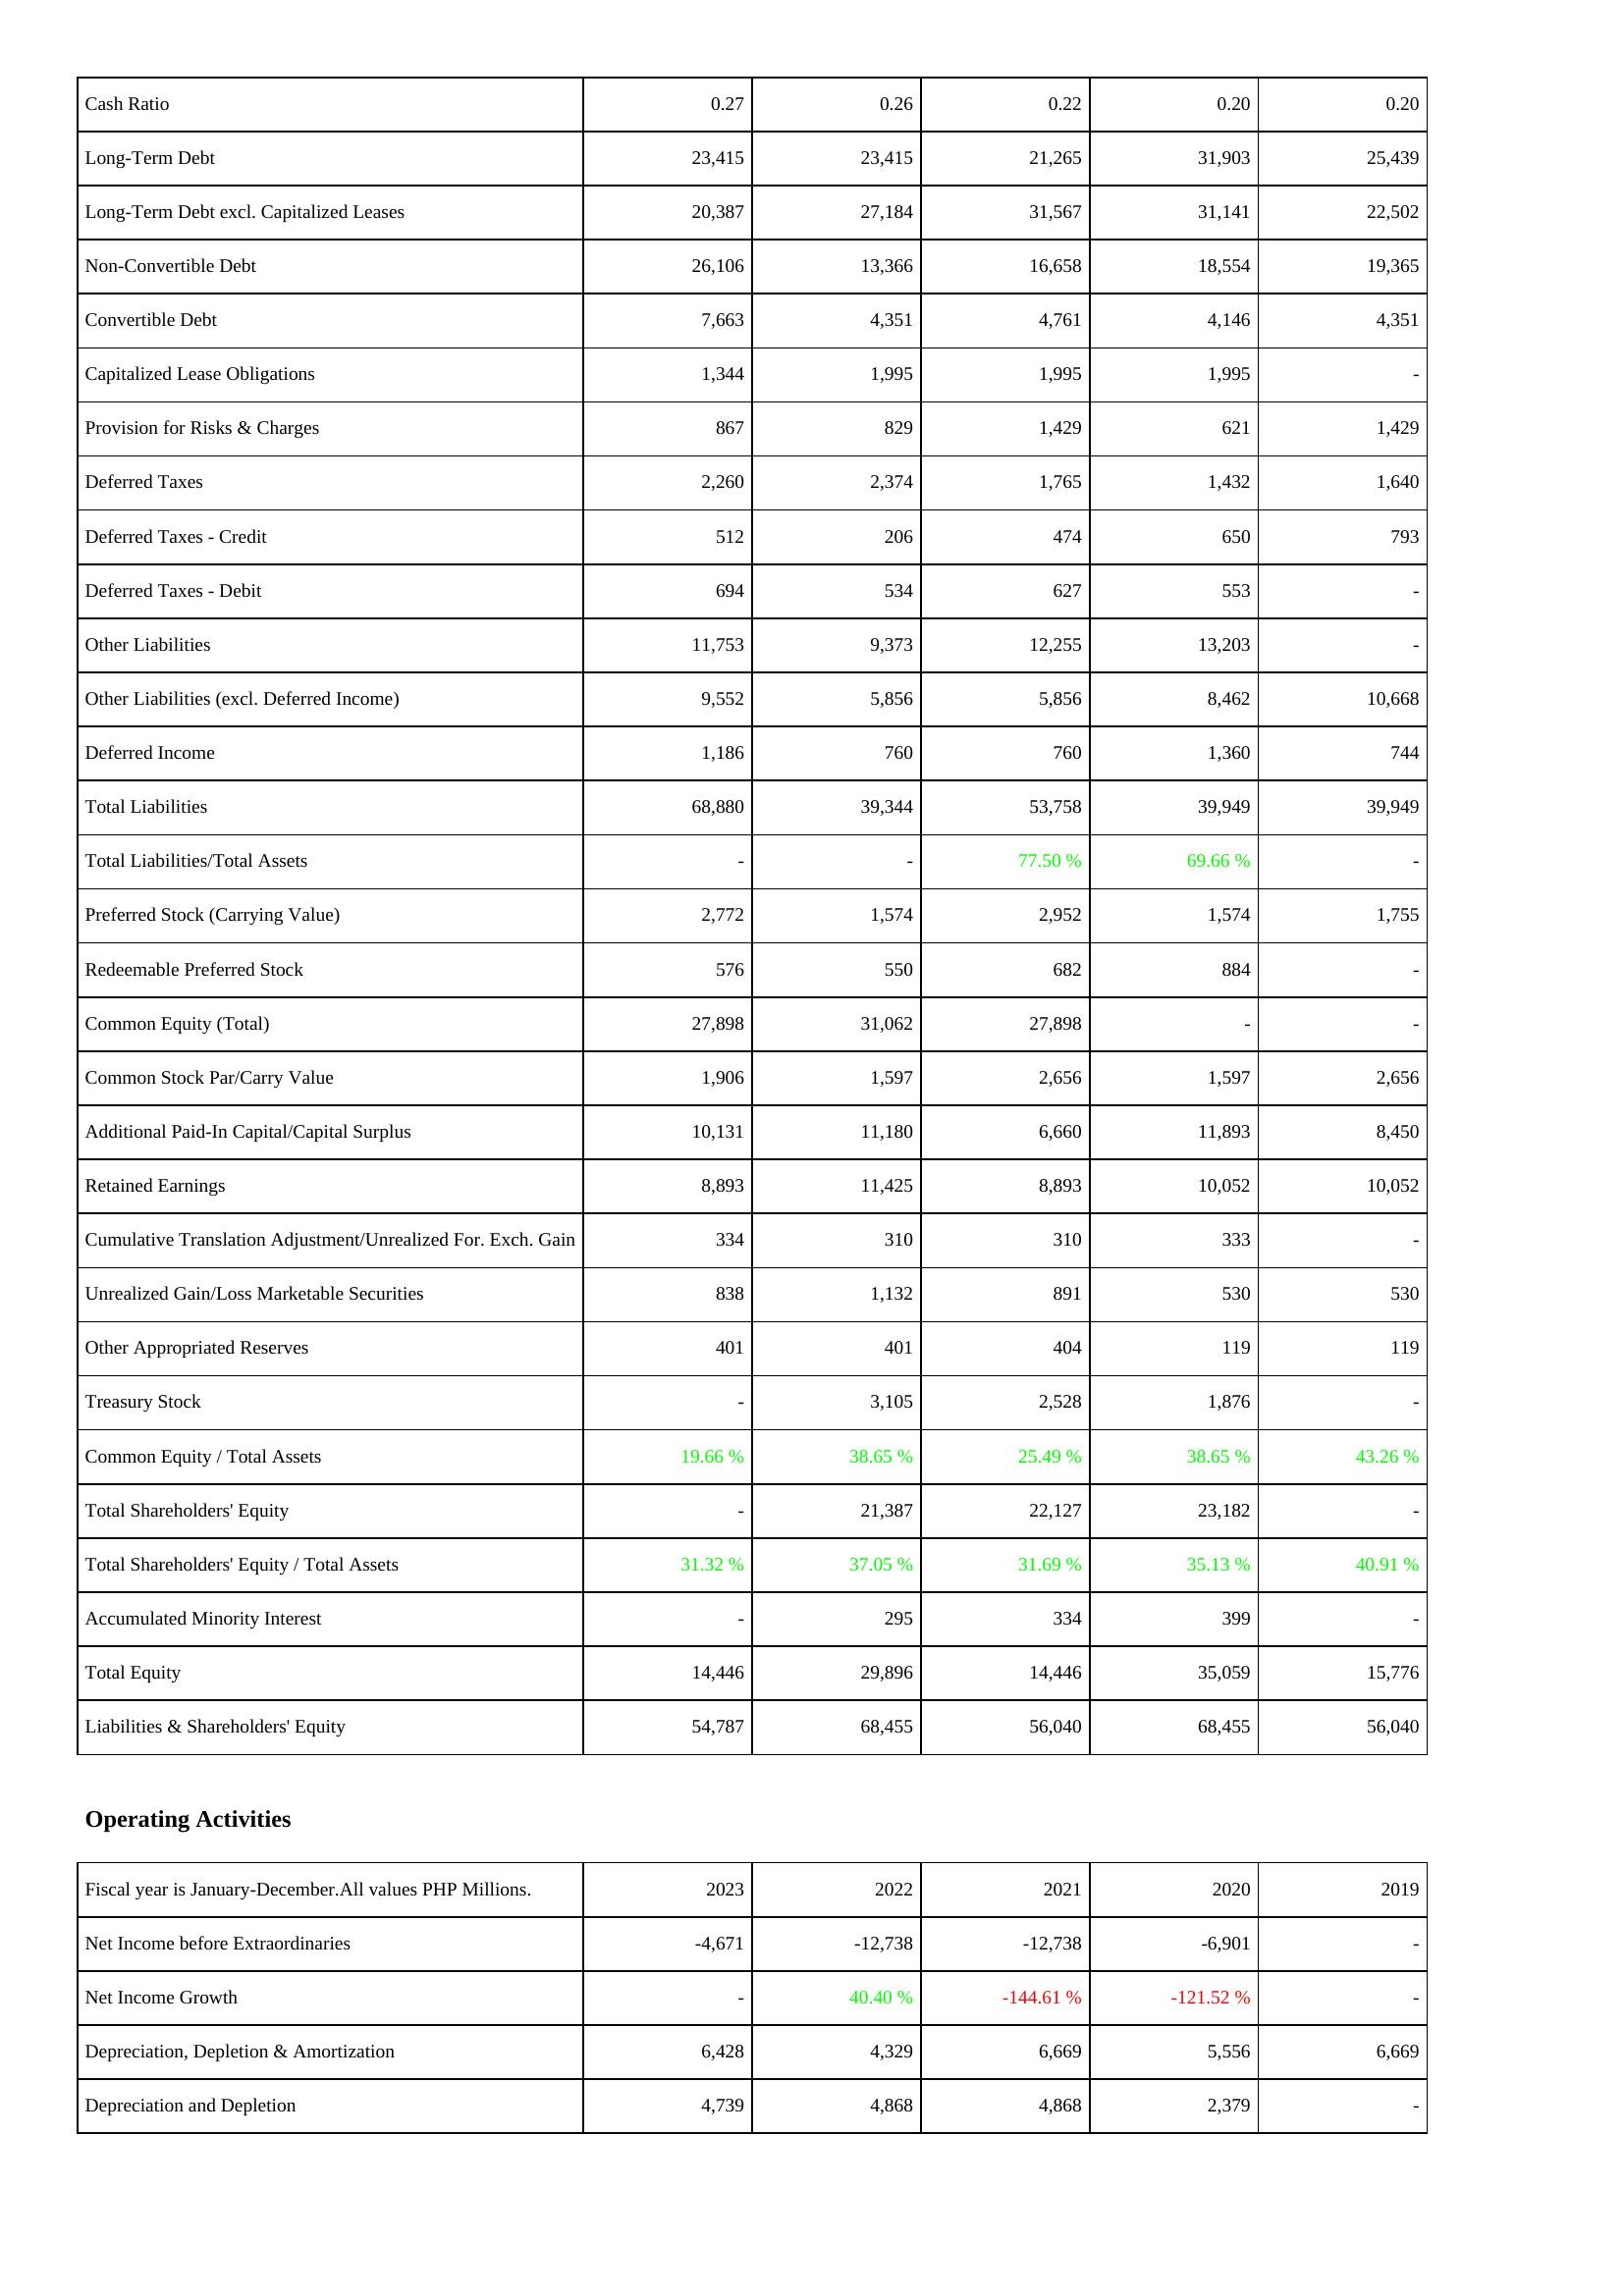
2023: Liabilities & Shareholders' Equity: Cash Ratio: 0.27
Long-Term Debt: 23,415
Long-Term Debt excl. Capitalized Leases: 20,387
Non-Convertible Debt: 26,106
Convertible Debt: 7,663
Capitalized Lease Obligations: 1,344
Provision for Risks & Charges: 867
Deferred Taxes: 2,260
Deferred Taxes - Credit: 512
Deferred Taxes - Debit: 694
Other Liabilities: 11,753
Other Liabilities (excl. Deferred Income): 9,552
Deferred Income: 1,186
Total Liabilities: 68,880
Total Liabilities/Total Assets: -
Preferred Stock (Carrying Value): 2,772
Redeemable Preferred Stock: 576
Common Equity (Total): 27,898
Common Stock Par/Carry Value: 1,906
Additional Paid-In Capital/Capital Surplus: 10,131
Retained Earnings: 8,893
Cumulative Translation Adjustment/Unrealized For. Exch. Gain: 334
Unrealized Gain/Loss Marketable Securities: 838
Other Appropriated Reserves: 401
Treasury Stock: -
Common Equity / Total Assets: 19.66 %
Total Shareholders' Equity: -
Total Shareholders' Equity / Total Assets: 31.32 %
Accumulated Minority Interest: -
Total Equity: 14,446
Liabilities & Shareholders' Equity: 54,787
Operating Activities: Net Income before Extraordinaries: -4,671
Net Income Growth: -
Depreciation, Depletion & Amortization: 6,428
Depreciation and Depletion: 4,739
2022: Liabilities & Shareholders' Equity: Cash Ratio: 0.26
Long-Term Debt: 23,415
Long-Term Debt excl. Capitalized Leases: 27,184
Non-Convertible Debt: 13,366
Convertible Debt: 4,351
Capitalized Lease Obligations: 1,995
Provision for Risks & Charges: 829
Deferred Taxes: 2,374
Deferred Taxes - Credit: 206
Deferred Taxes - Debit: 534
Other Liabilities: 9,373
Other Liabilities (excl. Deferred Income): 5,856
Deferred Income: 760
Total Liabilities: 39,344
Total Liabilities/Total Assets: -
Preferred Stock (Carrying Value): 1,574
Redeemable Preferred Stock: 550
Common Equity (Total): 31,062
Common Stock Par/Carry Value: 1,597
Additional Paid-In Capital/Capital Surplus: 11,180
Retained Earnings: 11,425
Cumulative Translation Adjustment/Unrealized For. Exch. Gain: 310
Unrealized Gain/Loss Marketable Securities: 1,132
Other Appropriated Reserves: 401
Treasury Stock: 3,105
Common Equity / Total Assets: 38.65 %
Total Shareholders' Equity: 21,387
Total Shareholders' Equity / Total Assets: 37.05 %
Accumulated Minority Interest: 295
Total Equity: 29,896
Liabilities & Shareholders' Equity: 68,455
Operating Activities: Net Income before Extraordinaries: -12,738
Net Income Growth: 40.40 %
Depreciation, Depletion & Amortization: 4,329
Depreciation and Depletion: 4,868
2021: Liabilities & Shareholders' Equity: Cash Ratio: 0.22
Long-Term Debt: 21,265
Long-Term Debt excl. Capitalized Leases: 31,567
Non-Convertible Debt: 16,658
Convertible Debt: 4,761
Capitalized Lease Obligations: 1,995
Provision for Risks & Charges: 1,429
Deferred Taxes: 1,765
Deferred Taxes - Credit: 474
Deferred Taxes - Debit: 627
Other Liabilities: 12,255
Other Liabilities (excl. Deferred Income): 5,856
Deferred Income: 760
Total Liabilities: 53,758
Total Liabilities/Total Assets: 77.50 %
Preferred Stock (Carrying Value): 2,952
Redeemable Preferred Stock: 682
Common Equity (Total): 27,898
Common Stock Par/Carry Value: 2,656
Additional Paid-In Capital/Capital Surplus: 6,660
Retained Earnings: 8,893
Cumulative Translation Adjustment/Unrealized For. Exch. Gain: 310
Unrealized Gain/Loss Marketable Securities: 891
Other Appropriated Reserves: 404
Treasury Stock: 2,528
Common Equity / Total Assets: 25.49 %
Total Shareholders' Equity: 22,127
Total Shareholders' Equity / Total Assets: 31.69 %
Accumulated Minority Interest: 334
Total Equity: 14,446
Liabilities & Shareholders' Equity: 56,040
Operating Activities: Net Income before Extraordinaries: -12,738
Net Income Growth: -144.61 %
Depreciation, Depletion & Amortization: 6,669
Depreciation and Depletion: 4,868
2020: Liabilities & Shareholders' Equity: Cash Ratio: 0.20
Long-Term Debt: 31,903
Long-Term Debt excl. Capitalized Leases: 31,141
Non-Convertible Debt: 18,554
Convertible Debt: 4,146
Capitalized Lease Obligations: 1,995
Provision for Risks & Charges: 621
Deferred Taxes: 1,432
Deferred Taxes - Credit: 650
Deferred Taxes - Debit: 553
Other Liabilities: 13,203
Other Liabilities (excl. Deferred Income): 8,462
Deferred Income: 1,360
Total Liabilities: 39,949
Total Liabilities/Total Assets: 69.66 %
Preferred Stock (Carrying Value): 1,574
Redeemable Preferred Stock: 884
Common Equity (Total): -
Common Stock Par/Carry Value: 1,597
Additional Paid-In Capital/Capital Surplus: 11,893
Retained Earnings: 10,052
Cumulative Translation Adjustment/Unrealized For. Exch. Gain: 333
Unrealized Gain/Loss Marketable Securities: 530
Other Appropriated Reserves: 119
Treasury Stock: 1,876
Common Equity / Total Assets: 38.65 %
Total Shareholders' Equity: 23,182
Total Shareholders' Equity / Total Assets: 35.13 %
Accumulated Minority Interest: 399
Total Equity: 35,059
Liabilities & Shareholders' Equity: 68,455
Operating Activities: Net Income before Extraordinaries: -6,901
Net Income Growth: -121.52 %
Depreciation, Depletion & Amortization: 5,556
Depreciation and Depletion: 2,379
2019: Liabilities & Shareholders' Equity: Cash Ratio: 0.20
Long-Term Debt: 25,439
Long-Term Debt excl. Capitalized Leases: 22,502
Non-Convertible Debt: 19,365
Convertible Debt: 4,351
Capitalized Lease Obligations: -
Provision for Risks & Charges: 1,429
Deferred Taxes: 1,640
Deferred Taxes - Credit: 793
Deferred Taxes - Debit: -
Other Liabilities: -
Other Liabilities (excl. Deferred Income): 10,668
Deferred Income: 744
Total Liabilities: 39,949
Total Liabilities/Total Assets: -
Preferred Stock (Carrying Value): 1,755
Redeemable Preferred Stock: -
Common Equity (Total): -
Common Stock Par/Carry Value: 2,656
Additional Paid-In Capital/Capital Surplus: 8,450
Retained Earnings: 10,052
Cumulative Translation Adjustment/Unrealized For. Exch. Gain: -
Unrealized Gain/Loss Marketable Securities: 530
Other Appropriated Reserves: 119
Treasury Stock: -
Common Equity / Total Assets: 43.26 %
Total Shareholders' Equity: -
Total Shareholders' Equity / Total Assets: 40.91 %
Accumulated Minority Interest: -
Total Equity: 15,776
Liabilities & Shareholders' Equity: 56,040
Operating Activities: Net Income before Extraordinaries: -
Net Income Growth: -
Depreciation, Depletion & Amortization: 6,669
Depreciation and Depletion: -